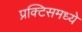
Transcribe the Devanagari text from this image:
प्रक्टिसमध्ये